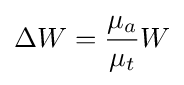
\Delta W={\frac {\mu _{a}}{\mu _{t}}}W